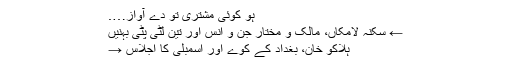
ہو کوئی مشتری تو دے آواز….
← سکنہ لامکاں، مالک و مختار جن و انس اور تین لٹی پٹی بہنیں
ہلاکو خان، بغداد کے کوے اور اسمبلی کا اجلاس →